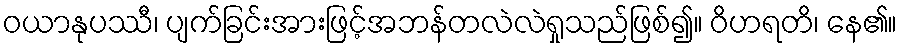
ဝယာနုပဿီ၊ ပျက်ခြင်းအားဖြင့်အဘန်တလဲလဲရှုသည်ဖြစ်၍။ ဝိဟရတိ၊ နေ၏။